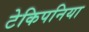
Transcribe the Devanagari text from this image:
टेकिपनिया